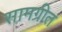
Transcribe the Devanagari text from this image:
सामग्रीत